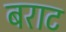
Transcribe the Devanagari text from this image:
बराट